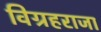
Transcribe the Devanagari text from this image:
विग्रहराजा